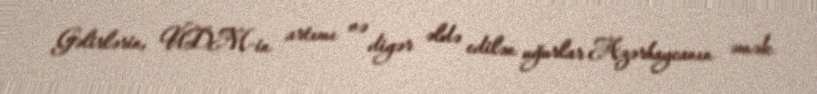
Gəlirlərin, ÜDM-in artımı və digər əldə edilən uğurlar Azərbaycanın əmək